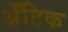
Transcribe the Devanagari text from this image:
अँटिक